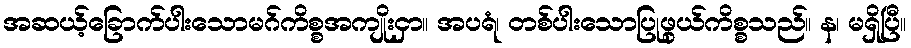
အဆယ့်ခြောက်ပါးသောမဂ်ကိစ္စအကျိုးငှာ။ အပရံ၊ တစ်ပါးသောပြုဖွယ်ကိစ္စသည်။ န၊ မရှိပြီ။